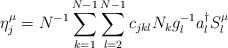
LaTeX: \begin{align*}\eta_j^\mu= N^{-1} \sum_{k=1}^{N-1} \sum_{l=2}^{N-1} c_{jkl} N_k g_l^{-1} a_l^\dagger S_l^\mu\end{align*}